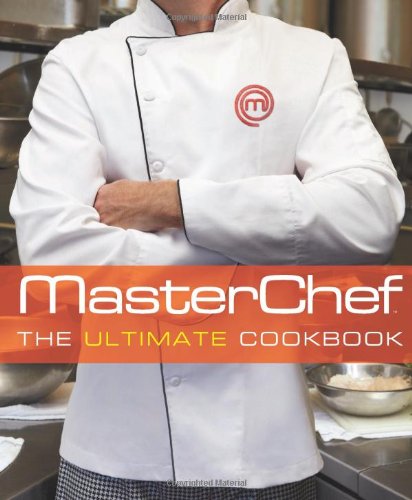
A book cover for MasterChef (TM): The Ultimate Cookbook; The Contestants and Judges of MasterChef; Humor & Entertainment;